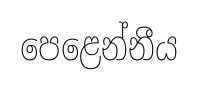
පෙළෙන්නීය